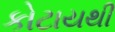
કોટાયથી